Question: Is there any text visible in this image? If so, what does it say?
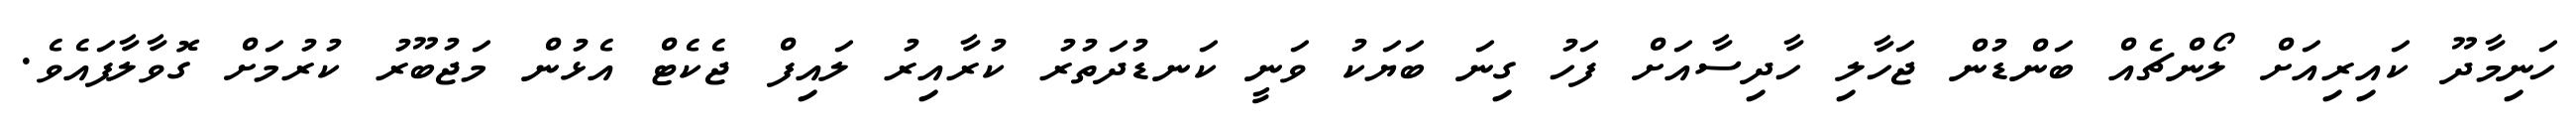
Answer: ހަނިމާދޫ ކައިރިއަށް ލޯންޗެއް ބަންޑުން ޖަހާލި ހާދިސާއަށް ފަހު ގިނަ ބަޔަކު ވަނީ ކަނޑުދަތުރު ކުރާއިރު ލައިފް ޖެކެޓް އެޅުން މަޖުބޫރު ކުރުމަށް ގޮވާލާފައެވެ.